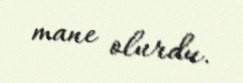
mane olurdu.